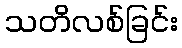
သတိလစ်ခြင်း